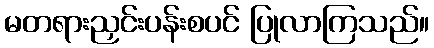
မတရားညှင်းပန်းစပင် ပြုလာကြသည်။